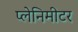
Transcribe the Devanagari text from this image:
प्लेनिमीटर